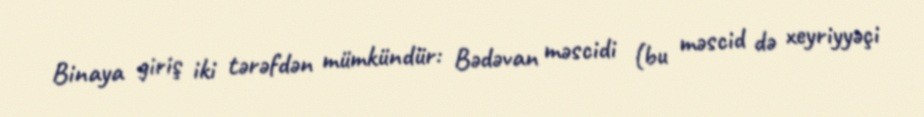
Binaya giriş iki tərəfdən mümkündür: Bədəvan məscidi (bu məscid də xeyriyyəçi